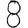
Digit: 8